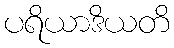
ပရိယာဒိယတိ